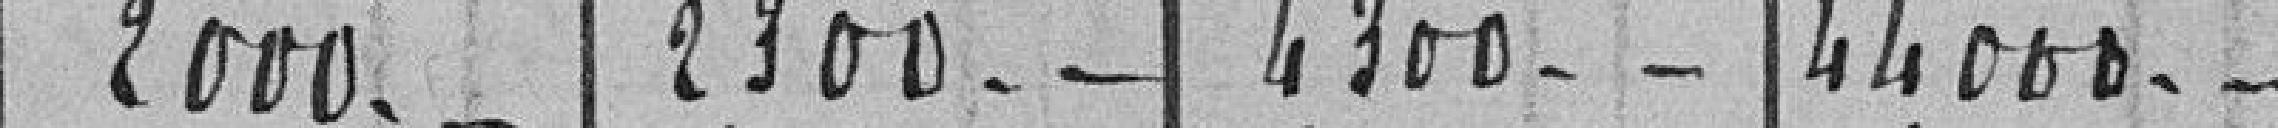
2.000 -  2.300 - - 4.300 - - 44.000 - -